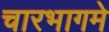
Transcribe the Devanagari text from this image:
चारभागमे